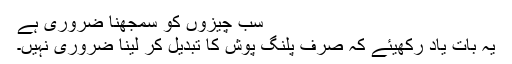
سب چیزوں کو سمجھنا ضروری ہے
یہ بات یاد رکھیئے کہ صرف پلنگ پوش کا تبدیل کر لینا ضروری نہیں۔